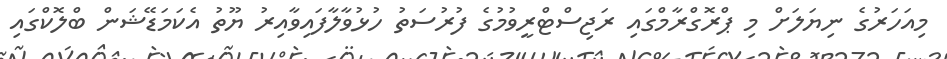
މިއަހަރުގެ ނިޔަލަށް މި ޕްރޮގްރާމްގައި ރަޖިސްޓްރީވުމުގެ ފުރުސަތު ހުޅުވާލާފައިވާއިރު ޔޫތު އެކަމަޑޭޝަން ބްލޮކްގައި